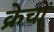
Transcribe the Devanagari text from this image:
क्रेचों